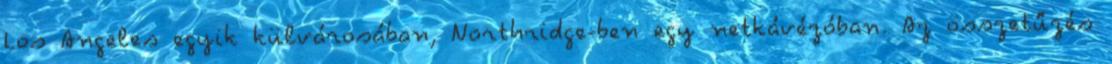
Los Angeles egyik külvárosában, Northridge-ben egy netkávézóban. Az összetűzés